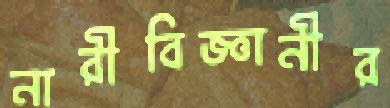
নারীবিজ্ঞানীর